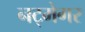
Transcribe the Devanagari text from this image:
नट्मेगर